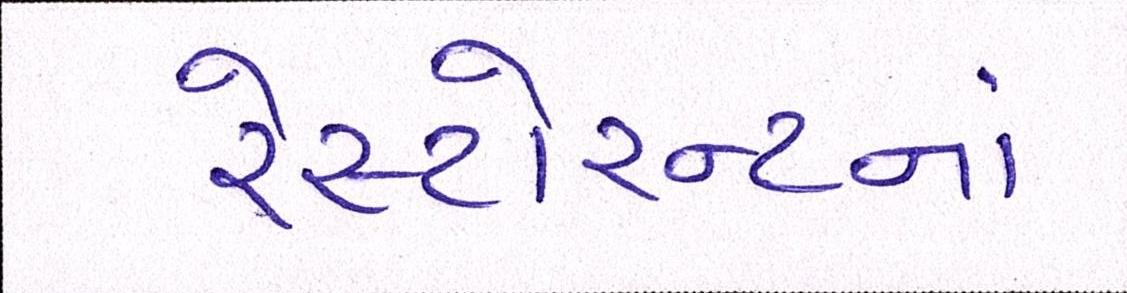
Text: રેસ્ટોરન્ટનાં